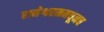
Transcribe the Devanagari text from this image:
रामेश्वरममधूनच